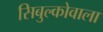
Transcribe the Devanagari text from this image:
सिबुल्कोवाला